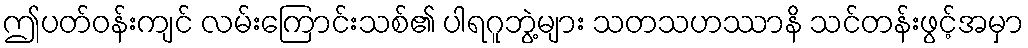
ဤပတ်ဝန်းကျင် လမ်းကြောင်းသစ်၏ ပါရဂူဘွဲ့များ သတသဟဿာနိ သင်တန်းဖွင့်အမှာ